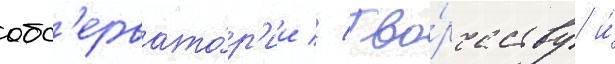
обс'ервато́р'ии // Тво́рчеству и́